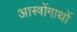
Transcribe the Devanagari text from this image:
आस्त्रोंगाथों